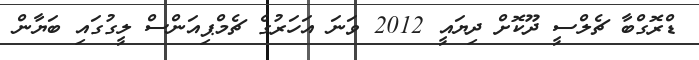
ޑްރޮގްބާ ޗެލްސީ ދޫކޮށް ދިޔައީ 2012 ވަނަ އަހަރުގެ ޗެމްޕިއަންސް ލީގުގައި ބަޔާން